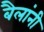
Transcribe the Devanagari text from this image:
बैलांनी